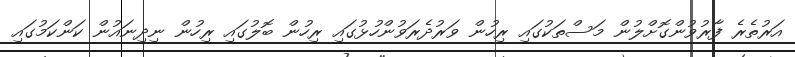
އަރުތެރެ ފާރުވުންގޮށްލުން މަސްތަކުގައި ރިހުން ވަރުދެރަވުންހުޅުގައި ރިހުން ބޮލުގައި ރިހުން ނިދިނައުން ކަންކަމުގައި